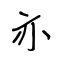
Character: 亦